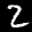
Label: 2